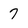
Character: 7